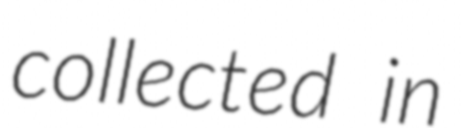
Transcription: collected in